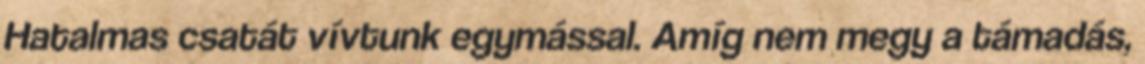
Hatalmas csatát vívtunk egymással. Amíg nem megy a támadás,